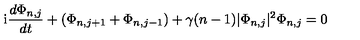
\mathrm { i } { \frac { d \Phi _ { n , j } } { d t } } + ( \Phi _ { n , j + 1 } + \Phi _ { n , j - 1 } ) + \gamma ( n - 1 ) | \Phi _ { n , j } | \sp 2 \Phi _ { n , j } = 0